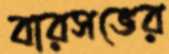
বারসভের